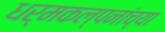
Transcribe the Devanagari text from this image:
धर्मकल्पनांच्या